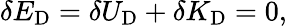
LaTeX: \delta E_{\textrm{D}}=\delta U_{\textrm{D}}+\delta K_{\textrm{D}}=0,